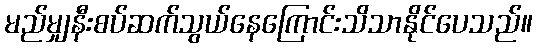
မည်မျှနီးစပ်ဆက်သွယ်နေကြောင်းသိသာနိုင်ပေသည်။